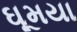
ઘૂમયા